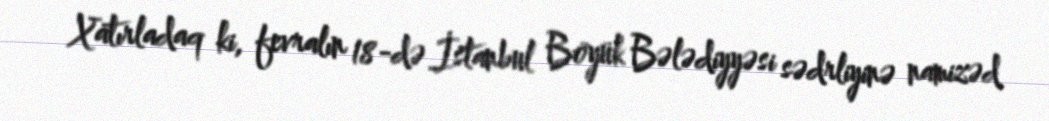
Xatırladaq ki, fevralın 18-də İstanbul Böyük Bələdiyyəsi sədrliyinə namizəd